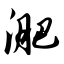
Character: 淝